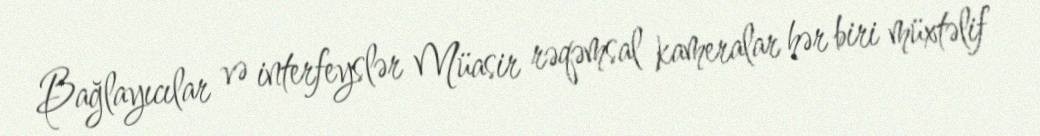
Bağlayıcılar və interfeyslər Müasir rəqəmsal kameralar hər biri müxtəlif